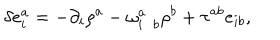
\delta e _ { i } ^ { a } = - \partial _ { i } \rho ^ { a } - \omega _ { i \; \; b } ^ { a } \rho ^ { b } + \tau ^ { a b } e _ { i b } ,